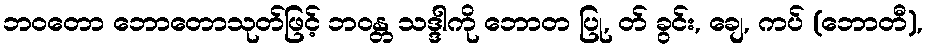
ဘဝတော ဘောတောသုတ်ဖြင့် ဘဝန္တ သဒ္ဒါကို ဘောတ ပြု, တ် ခွင်း, ချေ, ကပ် (ဘောတီ),